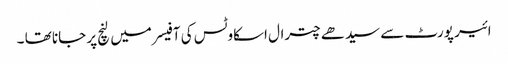
ائیر پورٹ سے سیدھے چترال اسکاوٹس کی آفیسر میں لنچ پر جانا تھا ۔